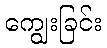
ကျွေးခြင်း